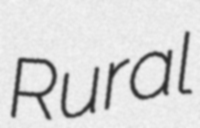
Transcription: Rural